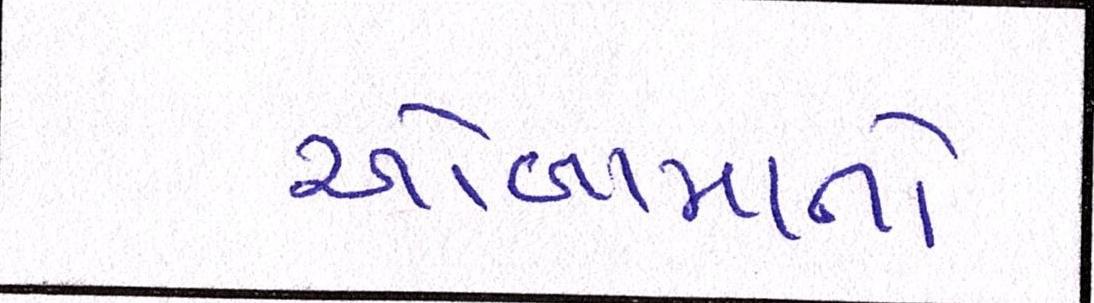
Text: ઓબામાનો